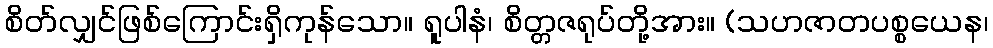
စိတ်လျှင်ဖြစ်ကြောင်းရှိကုန်သော။ ရူပါနံ၊ စိတ္တဇရုပ်တို့အား။ (သဟဇာတပစ္စယေန၊